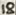
Text: 18